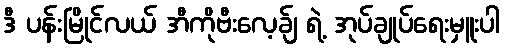
ဒီ ပန်းမြိုင်လယ် အီကိုဗီးလေ့ခ်ျ ရဲ့ အုပ်ချုပ်ရေးမှူးပါ